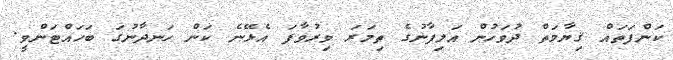
ކަންފަތައް ޤިޔާމަތް ދުވަހުން އަލިފާނުގެ ތިމަރަ ވިރުވާފަ އެޅޭނެ ކަން ހަނދާނުގަ ބަހައްޓަންވީ.